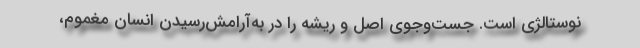
نوستالژی است. جست‌وجوی اصل و ریشه را در به‌آرامش‌رسیدن انسان مغموم،